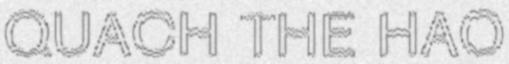
QUÁCH THẾ HÀO